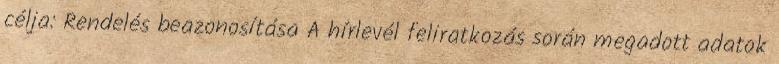
célja: Rendelés beazonosítása A hírlevél feliratkozás során megadott adatok